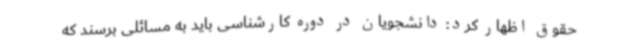
حقوق اظهار کرد: دانشجویان در دوره کارشناسی باید به مسائلی برسند که